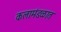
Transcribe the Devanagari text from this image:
कलामंडळात